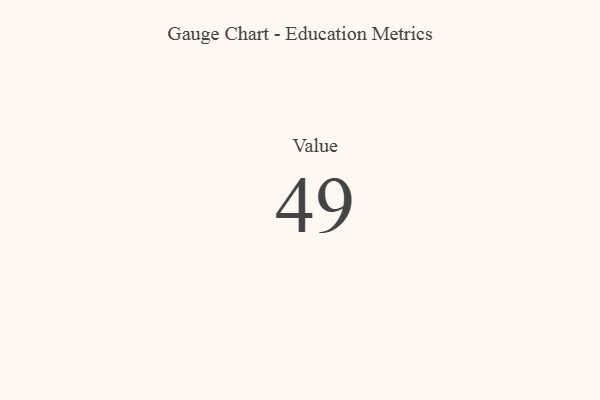
{"axis": {"x": "Metric", "y": "Value"}, "legend": [""], "data": [{"x": "Value", "y": 49, "type": ""}]}